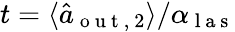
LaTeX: t=\langle\hat{a}_{\mathrm{~o~u~t~,~}2}\rangle/\alpha_{\mathrm{~l~a~s~}}